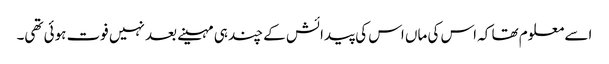
اسے معلوم تھا کہ اس کی ماں اس کی پیدائش کے چند ہی مہینے بعد نہیں فوت ہوئی تھی۔